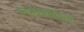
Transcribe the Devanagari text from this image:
नियंत्रणाशिवाय